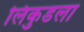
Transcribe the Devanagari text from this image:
लिकुडला